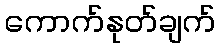
ကောက်နုတ်ချက်